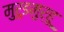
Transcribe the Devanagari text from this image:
मुरुडमुर्हू